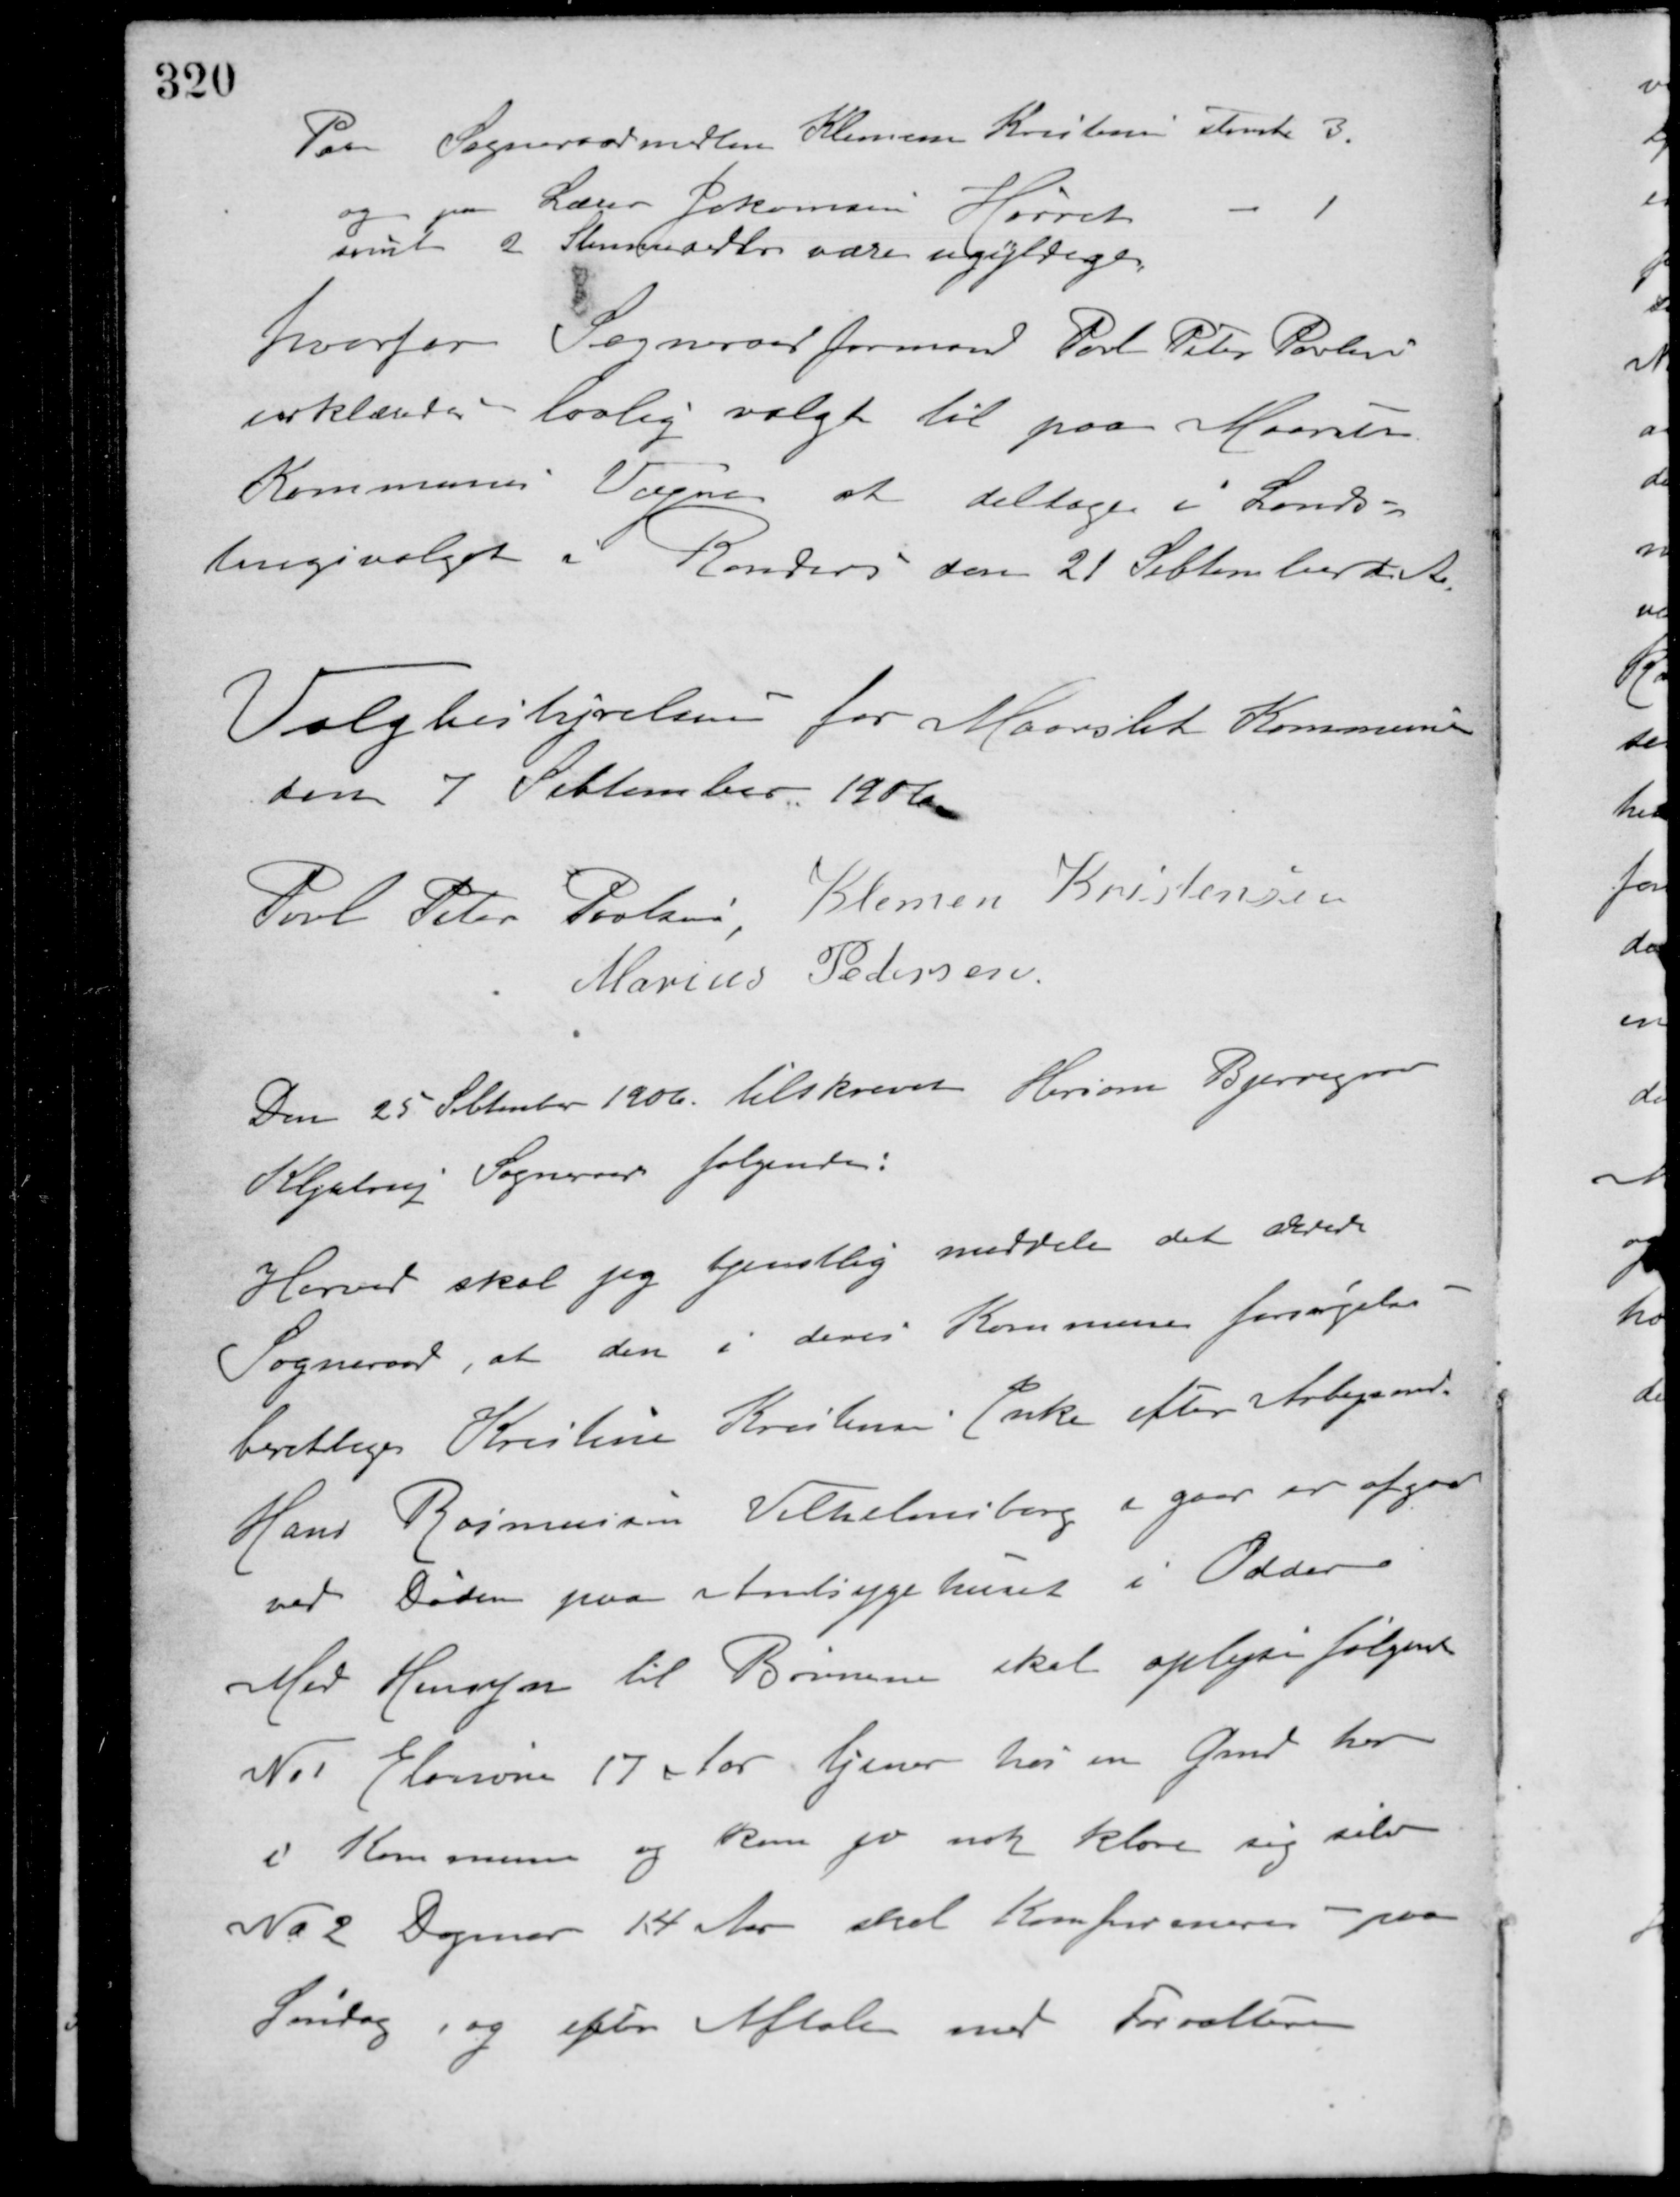
Transskription:
Paa Sogneraadsmedlem Klemen Kristensen stemte 3.
og paa Lærer Johansen Hørret - 1
samt 2 Stemmesedler vare ugyldige
hvorfor Sogneraadsformand Poul Peter Poulsen
erklæredes lovlig valgt til paa Maarslet
Kommunes Vegne at deltage i Lands-
tingsvalget i Randers den 21 September d. A.
Valgbestyrelsen for Maarslet Kommune
den 7 September 1906
Povl Peter Poulsen Klemen Kristensen
Marius Pedersen
Den 25 Sebtember 1906 tilskrevet Hersom Bjerregaard
Kljetrup Sogneraad følgende:
Herved skal jeg tjenstlig meddele det ærede
Sogneraad, at den i deres Kommune forsørgelses-
berettige Kristine Kristensen Enke efter Arbejdsmd.
Hans Rasmussen Vilhelmsborg i gaar er afgaaet
ved Døden paa amtssygehuset i Odder.
Med Hensyn til Børnene skal oplyses følgende
No 1 Elenora 17 Aar tjener hos en Gmd. her
i Kommunen og kan jo nok klare sig selv.
No 2 Dagmar 14 Aar skal Konfirmeres paa
Søndag, og efter Aftale med Forvalteren